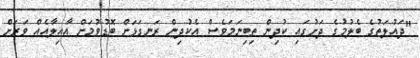
"ދައުލަތުގެ ބެލުމުގެ ދަށުގައި ކުދިން ތިބިނަމަވެސް އެކުދިން ރަނގަޅަށް ބޮޑުވުމަށް އާއިލާއެއް ވަރަށް